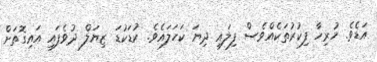
އަޑެވެ. ހުރިހާ ފިކުރުތަކެއްވެސް ފިލައި ދިޔަ ކަހަލައެވެ. ކުޑަކުޑަ ޒިޔަލް ދުވެފައި އައިގޮތަށް